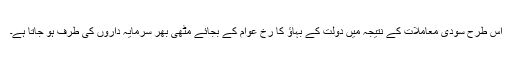
اس طرح سودی معاملات کے نتیجہ میں دولت کے بہاؤ کا رخ عوام کے بجائے مٹھی بھر سرمایہ داروں کی طرف ہو جاتا ہے۔